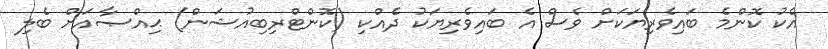
އެކު ކޮންމެ ބައިވެރިޔަކަށް ވެސް އެ ބައިވެރިޔަކު ދެއްކި (ކޮންޓްރިބިއުޝަން) ޙިއްޞާއަށް ބެލި